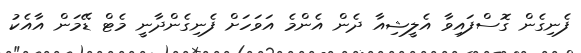
ފެނިގެން ގޮސްފައިވާ އެލީޝިއާ ދެން އެންމެ އަވަހަށް ފެނިގެންދާނީ މެޓް ޑޭމަން އާއެކު